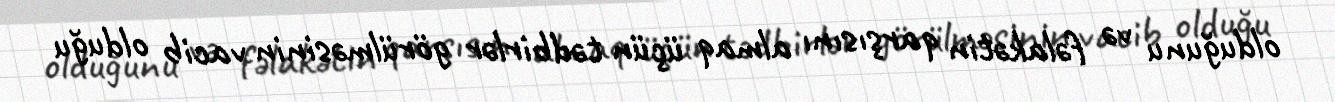
olduğunu və fəlakətin qarşısını almaq üçün tədbirlər görülməsinin vacib olduğu